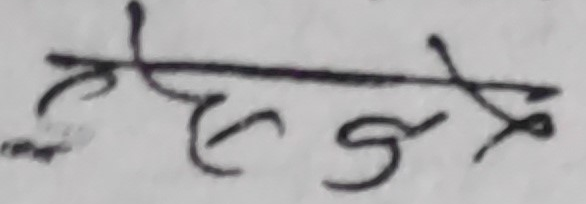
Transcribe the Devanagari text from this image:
केही होइन